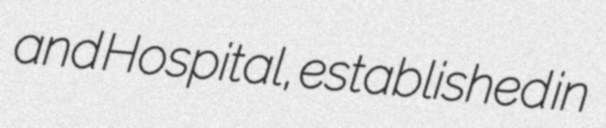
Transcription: and Hospital, established in